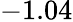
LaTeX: -1.04